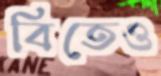
বিতেও